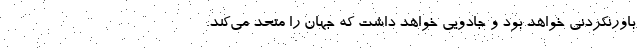
باورنکردنی خواهد بود و جادویی خواهد داشت که جهان را متحد می‌کند.